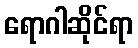
ရောဂါဆိုင်ရာ